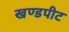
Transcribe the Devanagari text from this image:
खण्डपीट